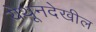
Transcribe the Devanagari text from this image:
येथूनदेखील